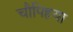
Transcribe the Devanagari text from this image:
चौपिहया